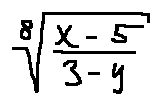
\sqrt [ 8 ] { \frac { x - 5 } { 3 - y } }